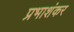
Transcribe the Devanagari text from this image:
प्रभाशंकर